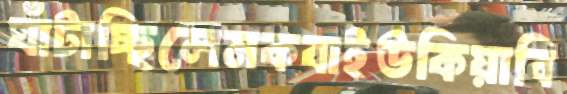
ঘাঁটাচ্ছিলেমকবাইউকিয়াবি